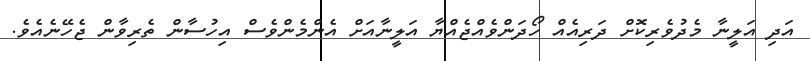
އަދި އަލީނާ މެދުވެރިކޮށް ދަރިއެއް ހޯދަންވެއްޖެއްޔާ އަލީނާއަށް އެންމެންވެސް އިހުސާން ތެރިވާން ޖެހޭނެއެވެ.